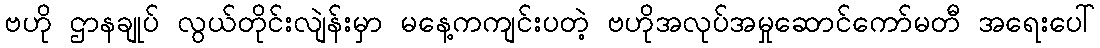
ဗဟို ဌာနချုပ် လွယ်တိုင်းလျဲန်းမှာ မနေ့ကကျင်းပတဲ့ ဗဟိုအလုပ်အမှုဆောင်ကော်မတီ အရေးပေါ်